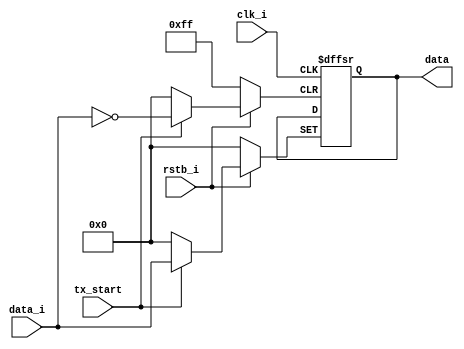
`timescale 1ns / 1ps
//////////////////////////////////////////////////////////////////////////////////
// Company: 
// Engineer: 
// 
// Design Name: 
// Module Name: UART_T_InputRegister
//////////////////////////////////////////////////////////////////////////////////


module UART_T_InputRegister(
    input clk_i,
    input rstb_i,
    input [7:0] data_i,
    input tx_start,
    output reg [7:0] data
    );
    
    always @(posedge clk_i, negedge rstb_i, posedge tx_start) begin
        if (rstb_i == 1'b0)
            data <= 0;
        else if (tx_start == 1'b1)
            data <= data_i;
    end
endmodule